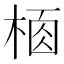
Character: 𣔸